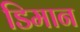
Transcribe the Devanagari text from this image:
डिमान